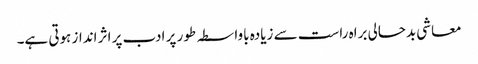
معاشی بدحالی براہ راست سے زیادہ باواسطہ طور پر ادب پر اثر انداز ہوتی ہے۔